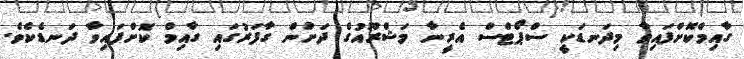
ގާއިމްކޮށްފައިވާ މިދަނޑަކީ ސްޕޯޓްސް އެރީނާ މަޝްރޫއުގެ ދަށުން ގާފަރުގައި ގާއިމް ކޮށްފައިވާ ދަނޑެކެވެ.